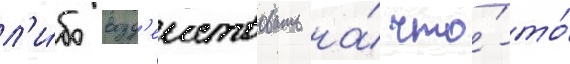
л'и́бо возд'еиствовать на́ что́-то́